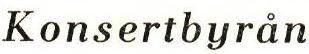
Konsertbyrån